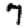
Digit: 7